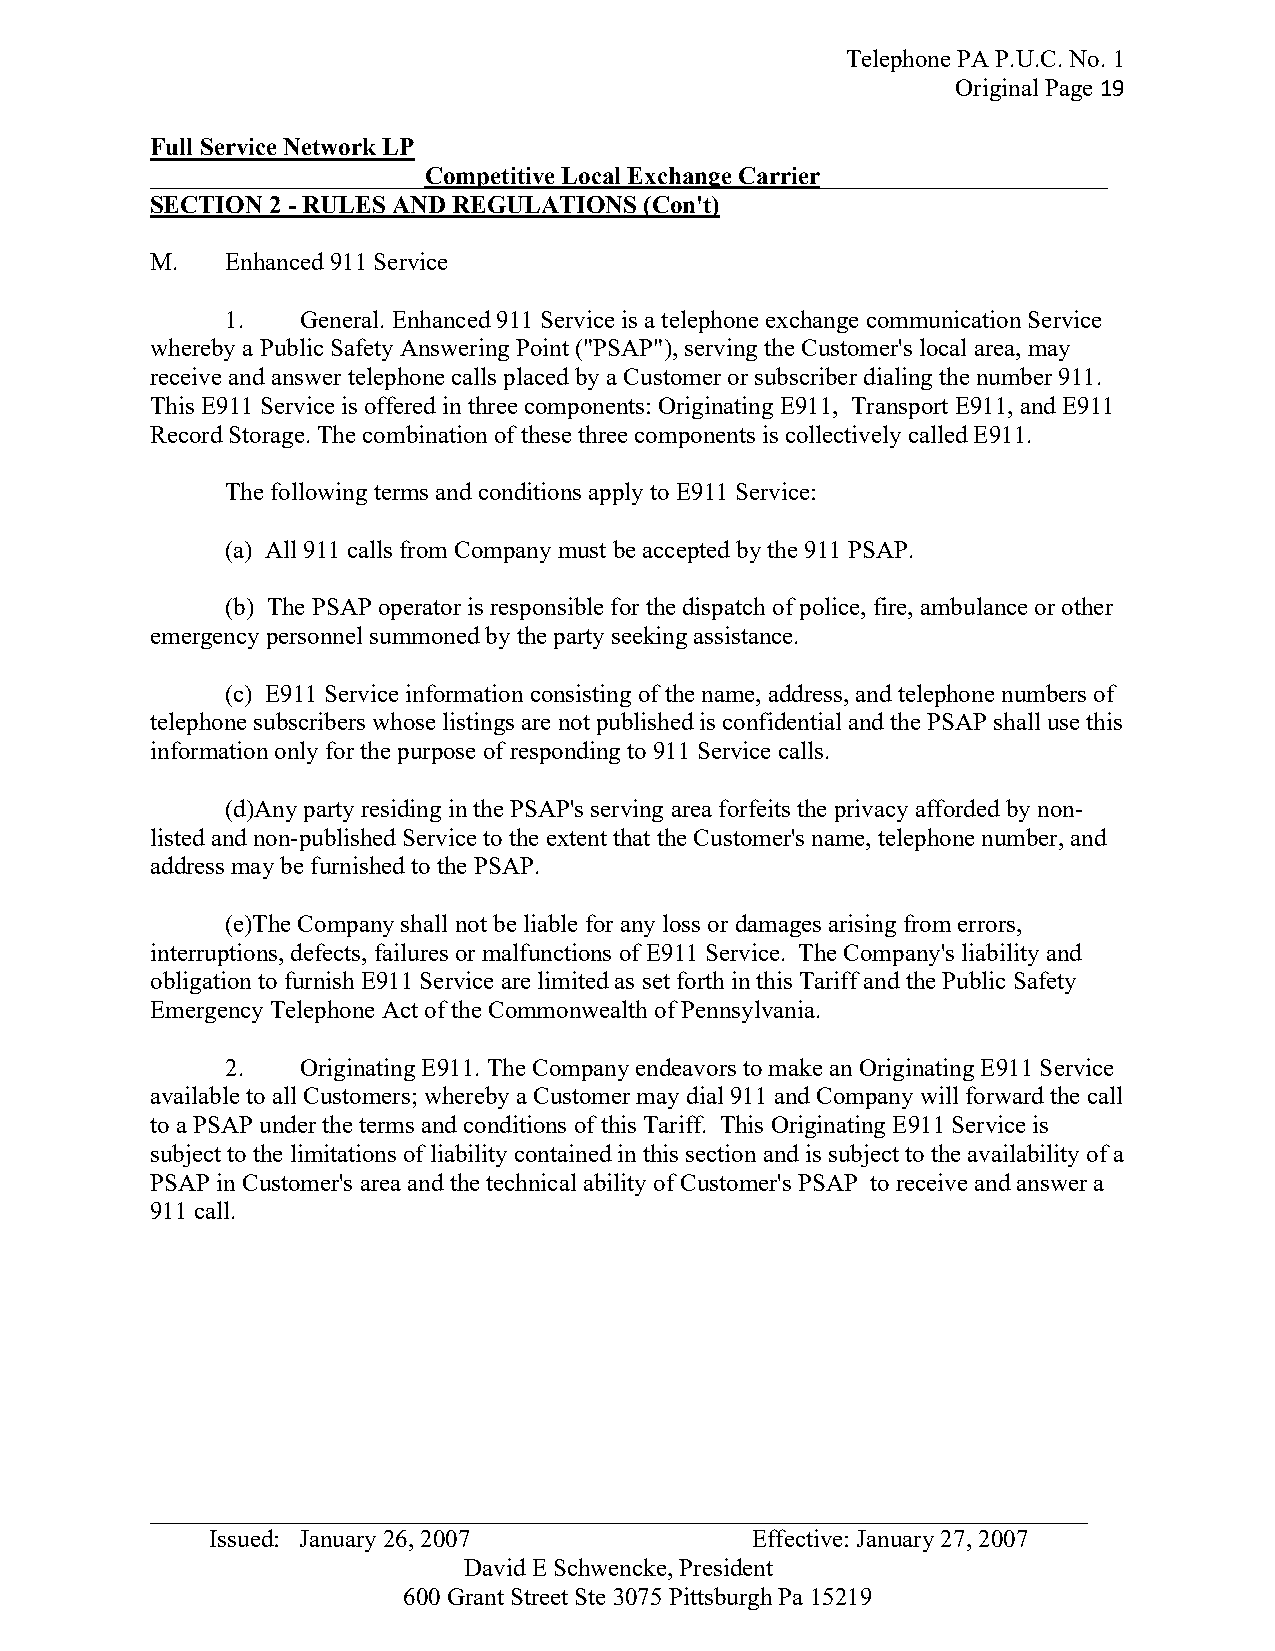
Telephone PA P.U.C. No. 1
 Original Page 19
 Full Service Network LP
 ______________________Competitive Local Exchange Carrier_______________________
 SECTION 2 - RULES AND REGULATIONS (Con't)
 M.   Enhanced 911 Service
 1.   General. Enhanced 911 Service is a telephone exchange communication Service
 whereby a Public Safety Answering Point ("PSAP"), serving the Customer's local area, may
 receive and answer telephone calls placed by a Customer or subscriber dialing the number 911.
 This E911 Service is offered in three components: Originating E911, Transport E911, and E911
 Record Storage. The combination of these three components is collectively called E911.
 The following terms and conditions apply to E911 Service:
 (a) All 911 calls from Company must be accepted by the 911 PSAP.
 (b) The PSAP operator is responsible for the dispatch of police, fire, ambulance or other
 emergency personnel summoned by the party seeking assistance.
 (c) E911 Service information consisting of the name, address, and telephone numbers of
 telephone subscribers whose listings are not published is confidential and the PSAP shall use this
 information only for the purpose of responding to 911 Service calls.
 (d)Any party residing in the PSAP's serving area forfeits the privacy afforded by non-
 listed and non-published Service to the extent that the Customer's name, telephone number, and
 address may be furnished to the PSAP.
 (e)The Company shall not be liable for any loss or damages arising from errors,
 interruptions, defects, failures or malfunctions of E911 Service. The Company's liability and
 obligation to furnish E911 Service are limited as set forth in this Tariff and the Public Safety
 Emergency Telephone Act of the Commonwealth of Pennsylvania.
 2.   Originating E911. The Company endeavors to make an Originating E911 Service
 available to all Customers; whereby a Customer may dial 911 and Company will forward the call
 to a PSAP under the terms and conditions of this Tariff. This Originating E911 Service is
 subject to the limitations of liability contained in this section and is subject to the availability of a
 PSAP in Customer's area and the technical ability of Customer's PSAP to receive and answer a
 911 call.
 _ __________________________________________________________________________
 Issued: January 26, 2007            Effective: January 27, 2007
 David E Schwencke, President
 600 Grant Street Ste 3075 Pittsburgh Pa 15219